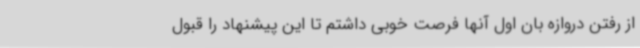
از رفتن دروازه بان اول آنها فرصت خوبی داشتم تا این پیشنهاد را قبول